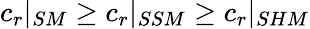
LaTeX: c_{r}|_{SM}\geq c_{r}|_{SSM}\geq c_{r}|_{SHM}